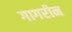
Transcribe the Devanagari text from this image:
गागरीन